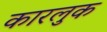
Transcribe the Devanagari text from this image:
कारलुक